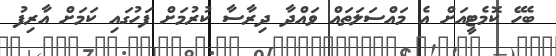
ބެހޭ ކޮމެޓީއަށް އެ މައްސަލަތައް ވައްދާ ދިރާސާ ކުރުމަށް ފަހުގައި ކަމަށް އާރިފު